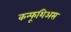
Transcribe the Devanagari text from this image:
कन्फूशिअस